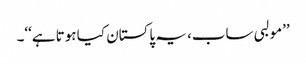
’’مولبی ساب، یہ پاکستان کیا ہوتا ہے‘‘۔